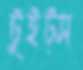
টুইট্স